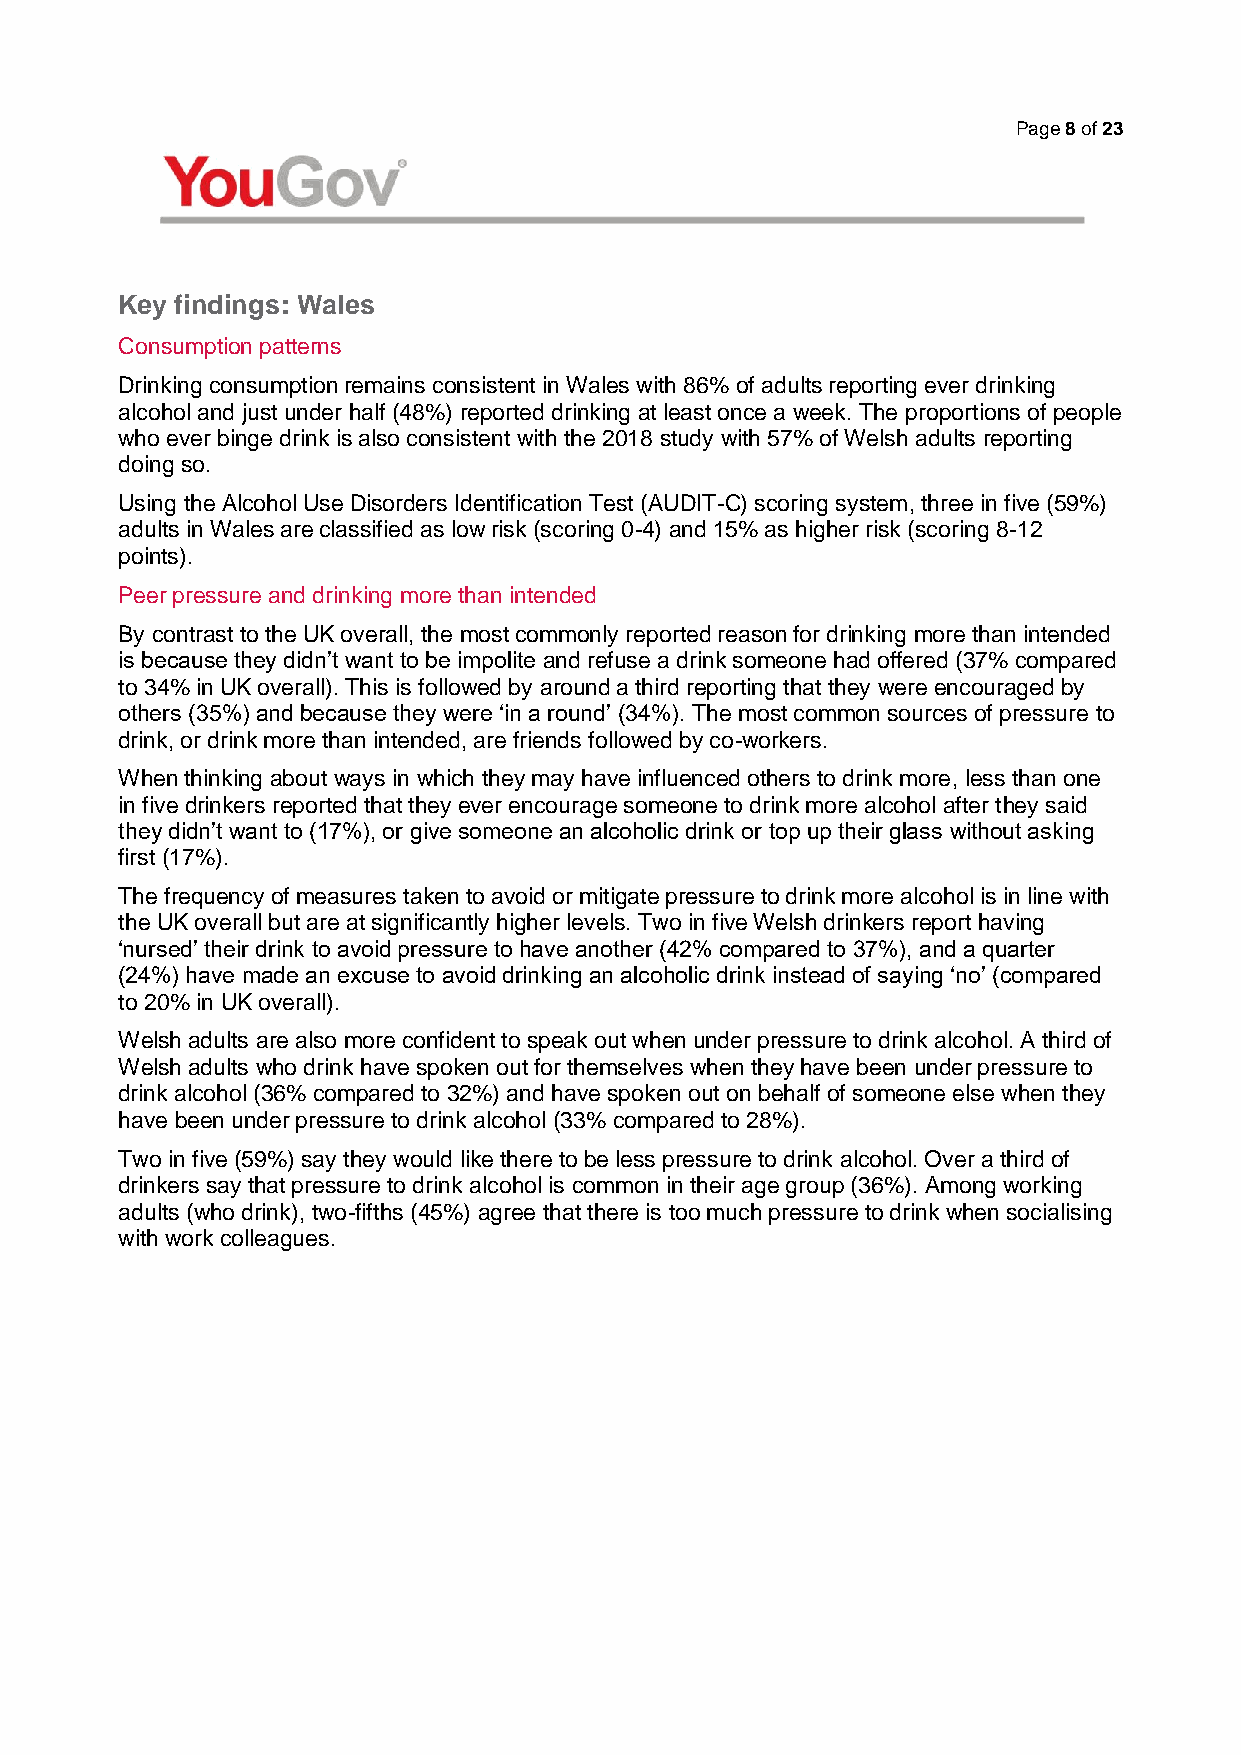
Page 8 of 23
 Key findings: Wales
 Consumption patterns
 Drinking consumption remains consistent in Wales with 86% of adults reporting ever drinking
 alcohol and just under half (48%) reported drinking at least once a week. The proportions of people
 who ever binge drink is also consistent with the 2018 study with 57% of Welsh adults reporting
 doing so.
 Using the Alcohol Use Disorders Identification Test (AUDIT-C) scoring system, three in five (59%)
 adults in Wales are classified as low risk (scoring 0-4) and 15% as higher risk (scoring 8-12
 points).
 Peer pressure and drinking more than intended
 By contrast to the UK overall, the most commonly reported reason for drinking more than intended
 is because they didn’t want to be impolite and refuse a drink someone had offered (37% compared
 to 34% in UK overall). This is followed by around a third reporting that they were encouraged by
 others (35%) and because they were ‘in a round’ (34%). The most common sources of pressure to
 drink, or drink more than intended, are friends followed by co-workers.
 When thinking about ways in which they may have influenced others to drink more, less than one
 in five drinkers reported that they ever encourage someone to drink more alcohol after they said
 they didn’t want to (17%), or give someone an alcoholic drink or top up their glass without asking
 first (17%).
 The frequency of measures taken to avoid or mitigate pressure to drink more alcohol is in line with
 the UK overall but are at significantly higher levels. Two in five Welsh drinkers report having
 ‘nursed’ their drink to avoid pressure to have another (42% compared to 37%), and a quarter
 (24%) have made an excuse to avoid drinking an alcoholic drink instead of saying ‘no’ (compared
 to 20% in UK overall).
 Welsh adults are also more confident to speak out when under pressure to drink alcohol. A third of
 Welsh adults who drink have spoken out for themselves when they have been under pressure to
 drink alcohol (36% compared to 32%) and have spoken out on behalf of someone else when they
 have been under pressure to drink alcohol (33% compared to 28%).
 Two in five (59%) say they would like there to be less pressure to drink alcohol. Over a third of
 drinkers say that pressure to drink alcohol is common in their age group (36%). Among working
 adults (who drink), two-fifths (45%) agree that there is too much pressure to drink when socialising
 with work colleagues.